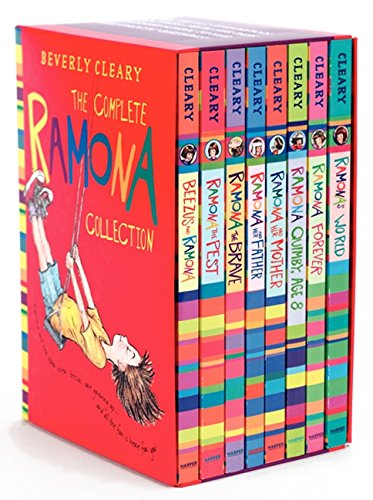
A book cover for The Complete Ramona Collection: Beezus and Ramona, Ramona and Her Father, Ramona and Her Mother, Ramona Quimby, Age 8, Ramona Forever, Ramona the Brave, Ramona the Pest, Ramona's World; Beverly Cleary; Children's Books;